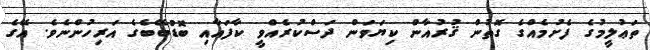
ތަޢުލީމުގެ ފެށުމެއްގެ ގޮތުން ޤުރުއާން ކިޔަވަން ދަސްކުރެއްވީ ކާފައާއި ބޮޑުބޭބެގެ އަރިހުންނެވެ. އޭގެ